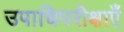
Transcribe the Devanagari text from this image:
उपाधिपरीक्षाएँ